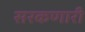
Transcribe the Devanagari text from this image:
सरकणारी